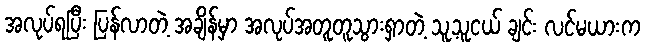
အလုပ်ရပြီး ပြန်လာတဲ့ အချိန်မှာ အလုပ်အတူတူသွားရှာတဲ့ သူ့သူငယ် ချင်း လင်မယားက